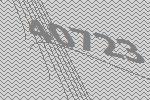
40723